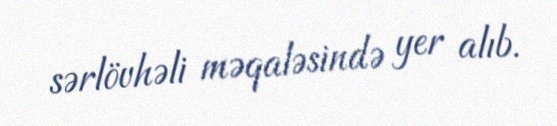
sərlövhəli məqaləsində yer alıb.